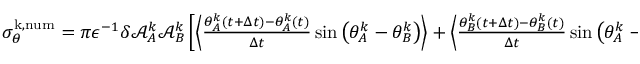
\begin{array} { r } { \sigma _ { \theta } ^ { \mathrm { k , n u m } } = { \pi } \epsilon ^ { - 1 } \delta \mathcal { A } _ { A } ^ { k } \mathcal { A } _ { B } ^ { k } \left[ \left\langle \frac { \theta _ { A } ^ { k } ( t + \Delta t ) - \theta _ { A } ^ { k } ( t ) } { \Delta t } \sin \big ( \theta _ { A } ^ { k } - \theta _ { B } ^ { k } \big ) \right\rangle + \left\langle \frac { \theta _ { B } ^ { k } ( t + \Delta t ) - \theta _ { B } ^ { k } ( t ) } { \Delta t } \sin \big ( \theta _ { A } ^ { k } - \theta _ { B } ^ { k } \big ) \right\rangle \right] } \end{array}